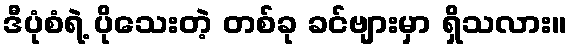
ဒီပုံစံရဲ့ ပိုသေးတဲ့ တစ်ခု ခင်ဗျားမှာ ရှိသလား။